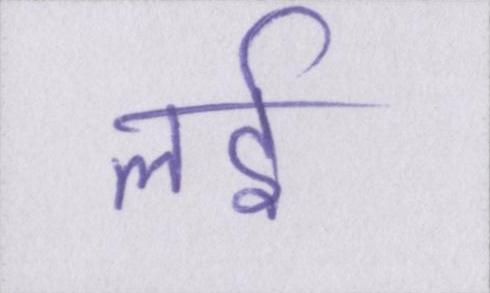
लई